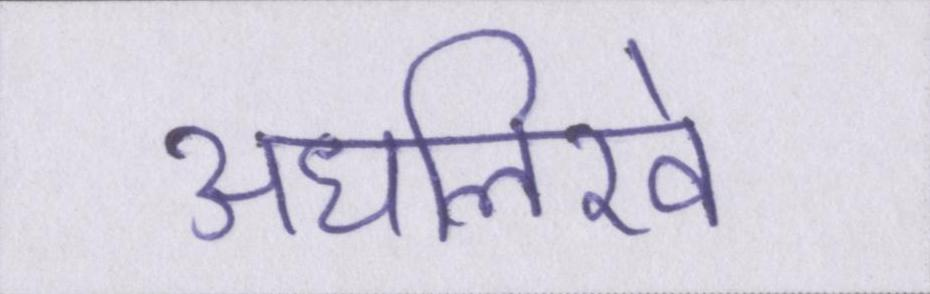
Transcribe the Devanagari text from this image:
अधलिखे